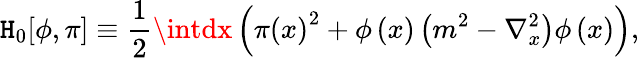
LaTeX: \mathtt{H}_{0}[\phi,\pi]\equiv\frac{{1}}{{2}}\intdx\left(\pi\left(x\right)^{2}+\phi\left(x\right)\left(m^{2}-\nabla_{x}^{2}\right)\phi\left(x\right)\right),